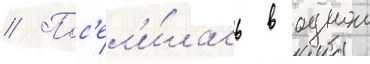
// Пос'ел'и́лась в однои